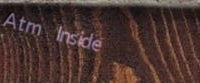
Atm Inside